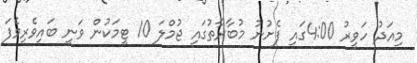
މިއަދު ހަވީރު 4:00ގައި ފެށުނު މުބާރާތުގައި ޖުމްލަ 10 ޓީމަކުން ވަނީ ބައިވެރިވެފަ